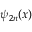
\psi _ { 2 n } ( x )